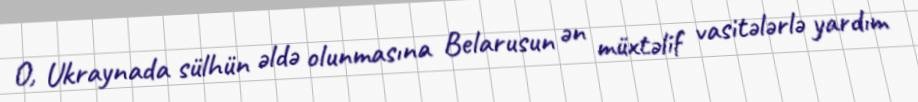
O, Ukraynada sülhün əldə olunmasına Belarusun ən müxtəlif vasitələrlə yardım